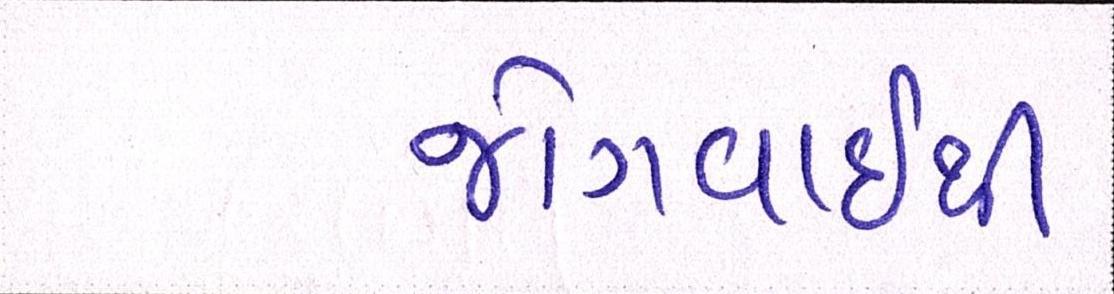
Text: જોગવાઈથી